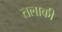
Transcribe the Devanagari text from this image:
तलाकी